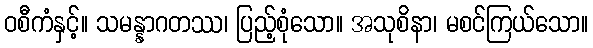
ဝစီကံနှင့်။ သမန္နာဂတဿ၊ ပြည့်စုံသော။ အသုစိနာ၊ မစင်ကြယ်သော။